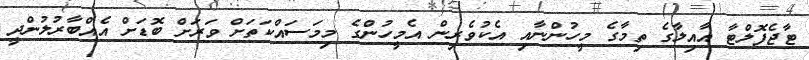
ޓާޖެފޮލްޓާ އާއިލާގެ ތިމާގެ މީހުންނާއި އެކުވެރިން އެމީހުންގެ މިމަސައްކަތަށް ވަރަށް ބޮޑަށް އެއްބާރުލުންދީ